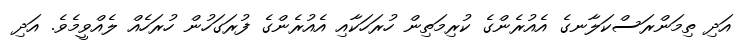
އަދި ތިމަންރަސްކަލާނގެ އެއުރެންގެ ކުރިމަތިން ހުރަހަކާއި އެއުރެންގެ ފުރަގަހުން ހުރަހެއް ލެއްވީމެވެ. އަދި